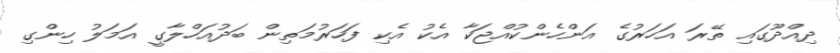
ދިއްދޫގައި ތޭރަ އަހަރުގެ އަންހެންކުއްޖަކާ އެކު އެކި ފަހަރުމަތިން ބަދުއަހްލާގީ އަމަލު ހިންގި